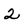
Character: 2